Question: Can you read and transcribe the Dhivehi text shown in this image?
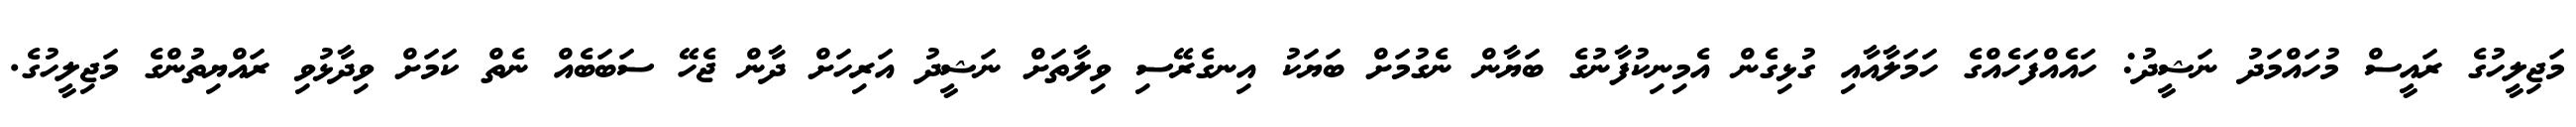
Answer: މަޖިލީހުގެ ރައީސް މުހައްމަދު ނަޝީދު: ހައެއްފަހެއްގެ ހަމަލާއާއި ގުޅިގެން އެމިނިކުފާނުގެ ބަޔާން ނެގުމަށް ބަޔަކު އިނގެރޭސި ވިލާތަށް ނަޝީދު އަރިހަށް ދާން ޖެހޭ ސަބަބެއް ނެތް ކަމަށް ވިދާޅުވި ރައްޔިތުންގެ މަޖިލީހުގެ.